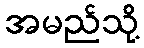
အမည်သို့